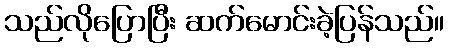
သည်လိုပြောပြီး ဆက်မောင်းခဲ့ပြန်သည်။